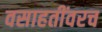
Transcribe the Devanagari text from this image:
वसाहतींवरच